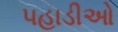
પહાડીઓ